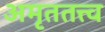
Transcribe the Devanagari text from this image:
अमृततत्त्व